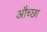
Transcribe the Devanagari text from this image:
औच्छा